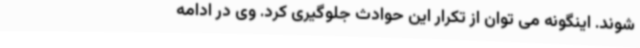
شوند. اینگونه می توان از تکرار این حوادث جلوگیری کرد. وی در ادامه